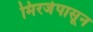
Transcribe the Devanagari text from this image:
मिरजेपासून